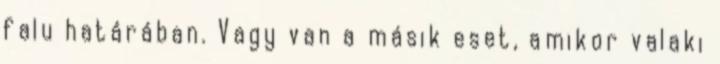
falu határában. Vagy van a másik eset, amikor valaki